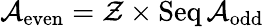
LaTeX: {\mathcal{A}}_{\mathrm{even}}={\mathcal{Z}}\times\operatorname{Seq}{\mathcal{A}}_{\mathrm{odd}}